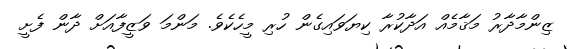
ޒިންމާދާރު މަޤާމެއް އަދާކުރާ ކިޔަވައިގެން ހުރި މީހެކެވެ. މަންމަ ވަޒީފާއަށް ދާން ފެށީ